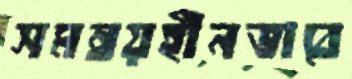
সমন্বয়হীনভাবে